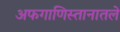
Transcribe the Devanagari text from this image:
अफगाणिस्तानातले